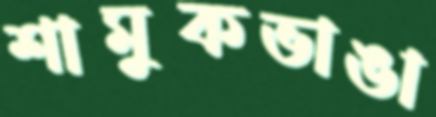
শামুকভাঙা